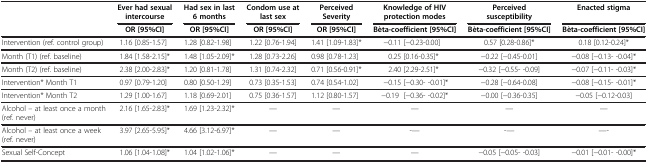
<table><thead><tr><td><b> </b></td><td><b>Ever had sexual intercourse</b></td><td><b>Had sex in last 6 months</b></td><td><b>Condom use at last sex</b></td><td><b>Perceived Severity</b></td><td><b>Knowledge of HIV protection modes</b></td><td><b>Perceived susceptibility</b></td><td><b>Enacted stigma</b></td></tr><tr><td><b> </b></td><td><b>OR [95%CI]</b></td><td><b>OR [95%CI]</b></td><td><b>OR [95%CI]</b></td><td><b>OR [95%CI]</b></td><td><b>Bèta-coefficient [95%CI]</b></td><td><b>Bèta-coefficient [95%CI]</b></td><td><b>Bèta-coefficient [95%CI]</b></td></tr></thead><tbody><tr><td>Intervention (ref. control group)</td><td>1.16 [0.85-1.57]</td><td>1.28 [0.82-1.98]</td><td>1.22 [0.76-1.94]</td><td>1.41 [1.09-1.83]*</td><td>−0.11 [−0.23-0.00]</td><td>0.57 [0.28-0.86]*</td><td>0.18 [0.12-0.24]*</td></tr><tr><td>Month (T1) (ref. baseline)</td><td>1.84 [1.58-2.15]*</td><td>1.48 [1.05-2.09]*</td><td>1.28 [0.73-2.26]</td><td>0.98 [0.78-1.23]</td><td>0.25 [0.16-0.35]*</td><td>−0.22 [−0.45-0.01]</td><td>−0.08 [−0.13- -0.04]*</td></tr><tr><td>Month (T2) (ref. baseline)</td><td>2.38 [2.00-2.83]*</td><td>1.20 [0.81-1.78]</td><td>1.31 [0.74-2.32]</td><td>0.71 [0.56-0.91]*</td><td>2.40 [2.29-2.51]*</td><td>−0.32 [−0.55- -0.09]</td><td>−0.07 [−0.11- -0.03]*</td></tr><tr><td>Intervention* Month T1</td><td>0.97 [0.79-1.20]</td><td>0.80 [0.50-1.29]</td><td>0.73 [0.35-1.53]</td><td>0.74 [0.54-1.02]</td><td>−0.15 [−0.30- -0.01]*</td><td>−0.28 [−0.64-0.08]</td><td>−0.08 [−0.15- -0.01]*</td></tr><tr><td>Intervention* Month T2</td><td>1.29 [1.00-1.67]</td><td>1.18 [0.69-2.01]</td><td>0.75 [0.36-1.57]</td><td>1.12 [0.80-1.57]</td><td>−0.19 [−0.36- -0.02]*</td><td>−0.00 [−0.36-0.35]</td><td>−0.05 [−0.12-0.03]</td></tr><tr><td>Alcohol – at least once a month (ref. never)</td><td>2.16 [1.65-2.83]*</td><td>1.69 [1.23-2.32]*</td><td>—</td><td>—</td><td>—</td><td>—</td><td>—</td></tr><tr><td>Alcohol – at least once a week (ref. never)</td><td>3.97 [2.65-5.95]*</td><td>4.66 [3.12-6.97]*</td><td>—</td><td>—</td><td>-—</td><td>-—</td><td>—-</td></tr><tr><td>Sexual Self-Concept</td><td>1.06 [1.04-1.08]*</td><td>1.04 [1.02-1.06]*</td><td>—</td><td>—</td><td>—</td><td>−0.05 [−0.05- -0.03]</td><td>−0.01 [−0.01- -0.00]*</td></tr></tbody></table>